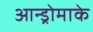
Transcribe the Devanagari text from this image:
आन्ड्रोमाके